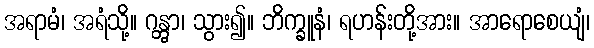
အရာမံ၊ အရံသို့။ ဂန္တွာ၊ သွား၍။ ဘိက္ခူနံ၊ ရဟန်းတို့အား။ အာရောစေယျံ၊